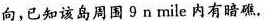
向，已知该岛周围9n mile内有暗礁。